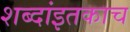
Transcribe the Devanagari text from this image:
शब्दांइतकाच